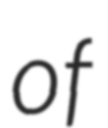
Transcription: of